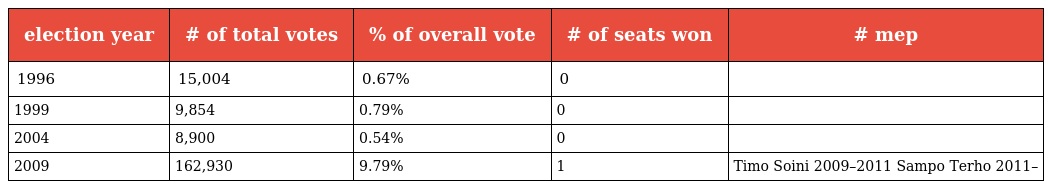
| election year | # of total votes | % of overall vote | # of seats won | # mep |
 | --- | --- | --- | --- | --- |
 | 1996 | 15,004 | 0.67% | 0 |  |
 | 1999 | 9,854 | 0.79% | 0 |  |
 | 2004 | 8,900 | 0.54% | 0 |  |
 | 2009 | 162,930 | 9.79% | 1 | Timo Soini 2009–2011 Sampo Terho 2011– |